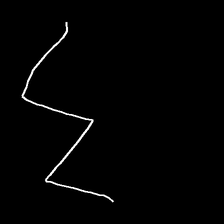
Glyph: crush